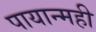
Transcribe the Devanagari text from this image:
पायान्मही